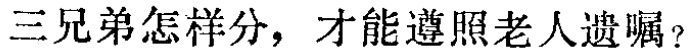
三兄弟怎样分，才能遵照老人遗嘱？